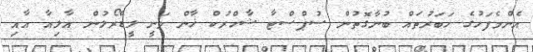
އެންމެފަހުގެ ހަބަރުތައް ބުނާގޮތުން ސުޕްސްޓާ ޝާހްރުކް ޚާން ވަނީ ލީޑްރޯލުން އާލިއާ އާއި